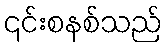
၎င်းစနစ်သည်